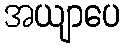
အယျာပေ